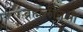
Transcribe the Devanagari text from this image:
ब्रह्मलीनश्री